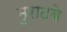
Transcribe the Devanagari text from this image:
मुरादबे